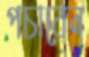
পচাবেন